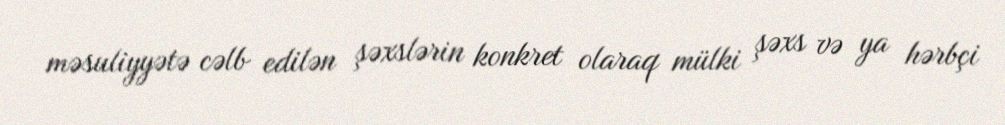
məsuliyyətə cəlb edilən şəxslərin konkret olaraq mülki şəxs və ya hərbçi